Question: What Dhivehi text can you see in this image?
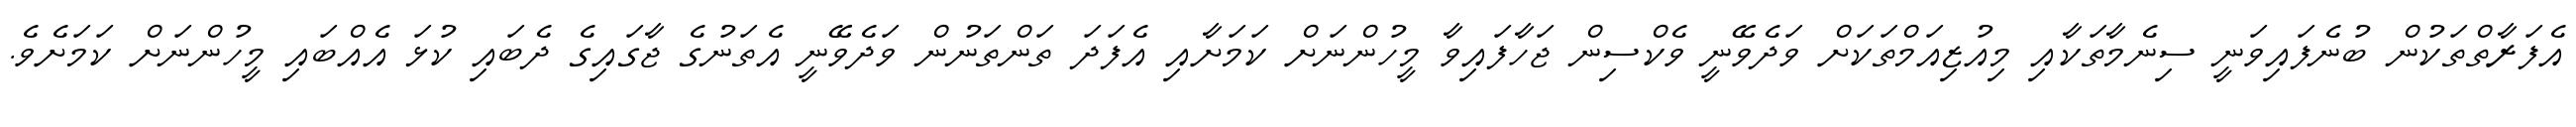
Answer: އެފަރާތްތަކުން ބުނެފައިވަނީ ސިނެމާތަކާއި މިއުޒިއަމްތަކަށް ވަދެވޭނީ ވެކްސިން ޖަހާފައިވާ މީހުންނަށް ކަމަށާއި އެފަދަ ތަންތަނުން ވަދެވޭނީ އެތަނުގެ ޖާގައިގެ ދެބައި ކުޅަ އެއްބައި މީހުންނަށް ކަމަށެވެ.